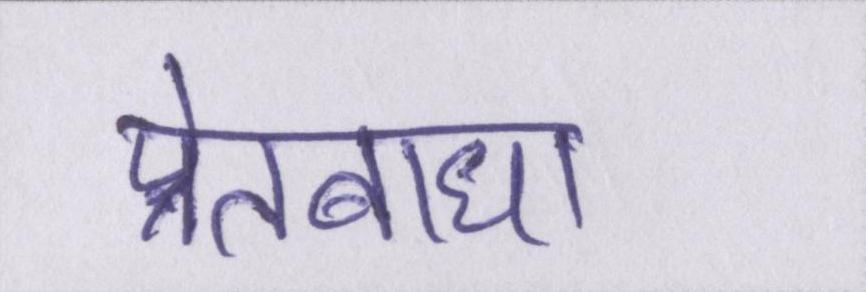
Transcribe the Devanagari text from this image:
प्रेतबाधा